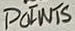
Text: POINTS